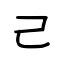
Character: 己